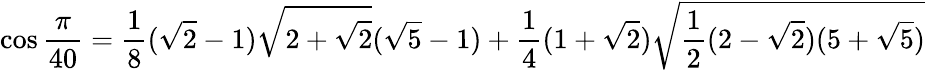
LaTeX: \cos{\frac{\pi}{40}}={\frac{1}{8}}({\sqrt{2}}-1){\sqrt{2+{\sqrt{2}}}}({\sqrt{5}}-1)+{\frac{1}{4}}(1+{\sqrt{2}}){\sqrt{{\frac{1}{2}}(2-{\sqrt{2}})(5+{\sqrt{5}})}}